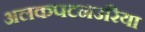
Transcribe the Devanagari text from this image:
अलकपटनउरिया